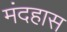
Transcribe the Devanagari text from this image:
मंदहास